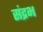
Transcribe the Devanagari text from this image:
संद्रभ